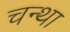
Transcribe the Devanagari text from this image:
चन्था